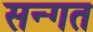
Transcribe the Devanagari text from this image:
सन्गत